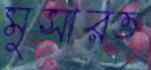
মুসারত